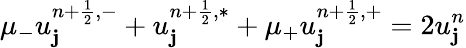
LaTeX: \mu_{-}u_{\mathbf{j}}^{n+\frac{{1}}{{2}},-}+u_{\mathbf{j}}^{n+\frac{{1}}{{2}},\ast}+\mu_{+}u_{\mathbf{j}}^{n+\frac{{1}}{{2}},+}=2u_{\mathbf{j}}^{n}